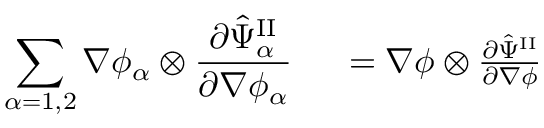
\begin{array} { r l } { \displaystyle \sum _ { \alpha = 1 , 2 } \nabla \phi _ { \alpha } \otimes \frac { \partial \hat { \Psi } _ { \alpha } ^ { \mathrm { I I } } } { \partial \nabla \phi _ { \alpha } } } & { { } ~ = \nabla \phi \otimes \frac { \partial \hat { \Psi } ^ { \mathrm { I I } } } { \partial \nabla \phi } } \end{array}